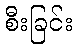
စီးခြင်း